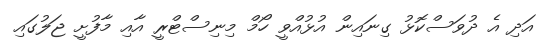
އަދި އެ ދުވަސްކޮޅު ގިނައިން އުޅުއްވީ ހޯމް މިނިސްޓްރީ އާއި މާފުށީ ޖަލުގައި